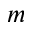
m